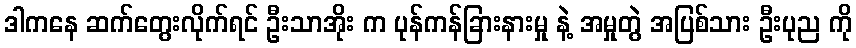
ဒါကနေ ဆက်တွေးလိုက်ရင် ဦးသာအိုး က ပုန်ကန်ခြားနားမှု နဲ့ အမှုတွဲ အပြစ်သား ဦးပုည ကို